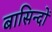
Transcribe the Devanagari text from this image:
बासिन्दों